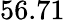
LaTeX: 56.71